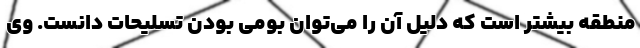
منطقه بیشتر است که دلیل آن را می‌توان بومی بودن تسلیحات دانست. وی